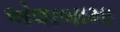
એલાબામા